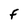
Character: F